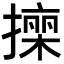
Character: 𭢠